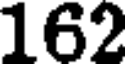
162